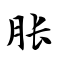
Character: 胀